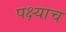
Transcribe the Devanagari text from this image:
पक्ष्याच